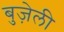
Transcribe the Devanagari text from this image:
बुज़ेली